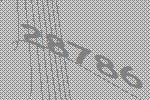
28786